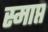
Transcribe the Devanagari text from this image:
स्माप्त